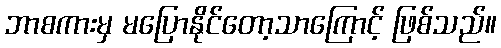
ဘာစကားမှ မပြောနိုင်တော့သာကြောင့် ဖြစ်သည်။